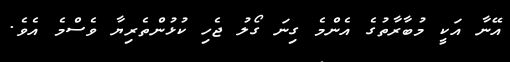
އޭނާ އަކީ މުބާރާތުގެ އެންމެ ގިނަ ގޯލު ޖެހި ކުޅުންތެރިޔާ ވެސްމެ އެވެ.